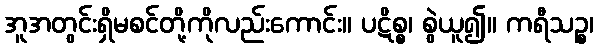
အူအတွင်းရှိမစင်တို့ကိုလည်းကောင်း။ ပဋိစ္စ၊ စွဲယူ၍။ ကရီသဉ္စ၊